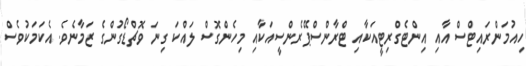
ހިއުމަންރައިޓްސް އާއި އިންޓެގްރިޓީއަކާއި ޓްރާންސްޕޭރެންސީއަކާއި މިހެންގޮސް ލައްކަ ގިނަ ވޮޗްޑޯގުންގެ ޒަމާނެވެ. އެކަމަކުވެސް